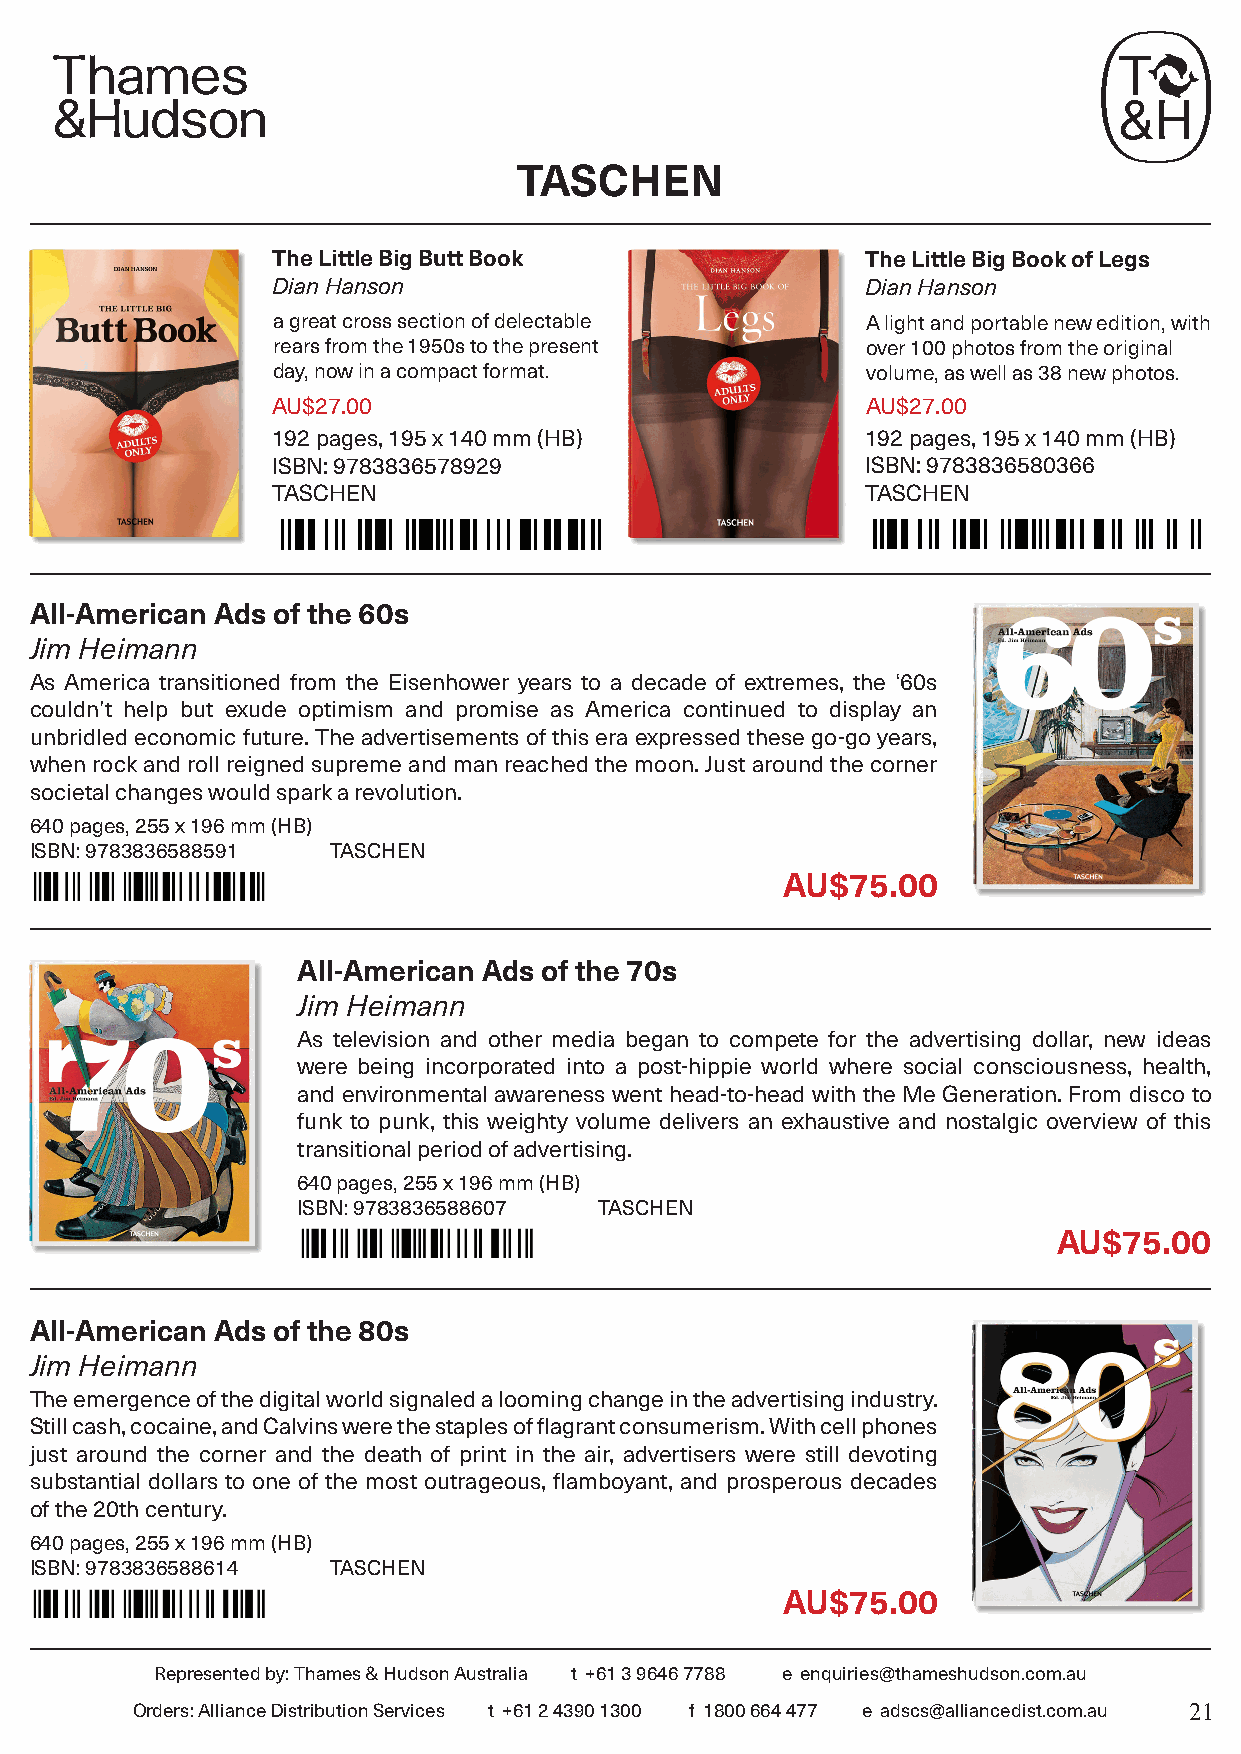
TASCHEN
 The Little Big Butt Book               The Little Big Book of Legs
 Dian Hanson                            Dian Hanson
 a great cross section of delectable    A light and portable new edition, with
 rears from the 1950s to the present    over 100 photos from the original
 day, now in a compact format.          volume, as well as 38 new photos.
 AU$27.00                               AU$27.00
 192 pages, 195 x 140 mm (HB)           192 pages, 195 x 140 mm (HB)
 ISBN: 9783836578929                    ISBN: 9783836580366
 TASCHEN                                TASCHEN
 All-American Ads of the 60s
 Jim Heimann
 As America transitioned from the Eisenhower years to a decade of extremes, the ‘60s
 couldn’t help but exude optimism and promise as America continued to display an
 unbridled economic future. The advertisements of this era expressed these go-go years,
 when rock and roll reigned supreme and man reached the moon. Just around the corner
 societal changes would spark a revolution.
 640 pages, 255 x 196 mm (HB)
 ISBN: 9783836588591 TASCHEN
 AU$75.00
 All-American Ads of the 70s
 Jim Heimann
 As television and other media began to compete for the advertising dollar, new ideas
 were being incorporated into a post-hippie world where social consciousness, health,
 and environmental awareness went head-to-head with the Me Generation. From disco to
 funk to punk, this weighty volume delivers an exhaustive and nostalgic overview of this
 transitional period of advertising.
 640 pages, 255 x 196 mm (HB)
 ISBN: 9783836588607 TASCHEN
 AU$75.00
 All-American Ads of the 80s
 Jim Heimann
 The emergence of the digital world signaled a looming change in the advertising industry.
 Still cash, cocaine, and Calvins were the staples of flagrant consumerism. With cell phones
 just around the corner and the death of print in the air, advertisers were still devoting
 substantial dollars to one of the most outrageous, flamboyant, and prosperous decades
 of the 20th century.
 640 pages, 255 x 196 mm (HB)
 ISBN: 9783836588614 TASCHEN
 AU$75.00
 Represented by: Thames & Hudson Australia t +61 3 9646 7788 e enquiries@thameshudson.com.au
 Orders: Alliance Distribution Services t +61 2 4390 1300 f 1800 664 477 e adscs@alliancedist.com.au 21